Vaccination North-Western Provinces and Oudh 1896-1901 - 1896-1901
Year: 1896
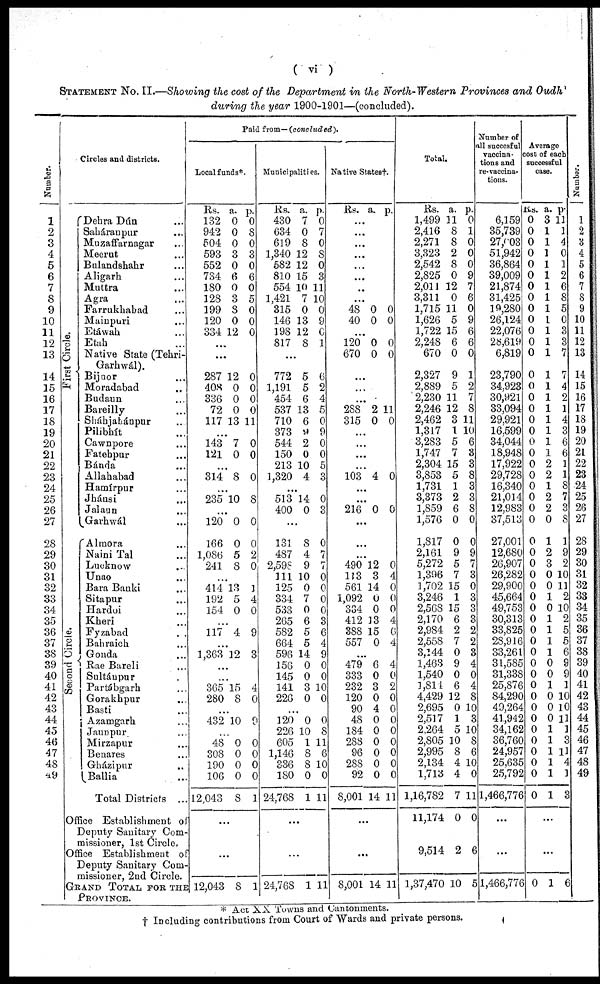
( vi )
STATEMENT No. II.—Showing the cost of the Department in the North-Western Provinces and Oudh
during the year 1900-1901—(concluded).
Number.
1
2
3
4
5
6
7
8
9
10
11
12
13
14
15
16
17
18
19
20
21
22
23
24
25
26
27
28
29
30
31
32
33
34
35
36
37
38
39
40
41
42
43
44
45
46
47
48
49
Circles and districts.
First Circle.
Second Circle.
Dehra Dún ...
Saháranpur ...
Muzaffarnagar ...
Meerut ...
Bulandshahr ...
Aligarh ...
Muttra ...
Agra ...
Farrukhabad ...
Mainpuri ...
Etáwah ...
Etah ...
Native State (Tehri-
Garhwál).
Bijnor ...
Moradabad ...
Budaun ...
Bareilly ...
Sháhjahánpur ...
Pilibhít ...
Cawnpore ...
Fatehpur ...
Bánda ...
Allahabad ...
Hamírpur ...
Jhánsi ...
Jalaun ...
Garhwál ...
Almora ...
Naini Tal ...
Lucknow ...
Unao ...
Bara Banki ...
Sitapur ...
Hardoi ...
Kheri ...
Fyzabad
...
Bahraich ...
Gonda ...
Rae Bareli ...
Sultánpur ...
Partábgarh ...
Gorakhpur ...
Basti ...
Azamgarh ...
Jaunpur ...
Mirzapur ...
Benares ...
Gházipur ...
Ballia ...
Total Districts ...
Office Establishment of
Deputy Sanitary Com-
missioner, 1st Circle,
Office Establishment of
Deputy Sanitary Com-
missioner, 2nd Circle.
GRAND TOTAL FOR THE
PROVINCE.
Paid from— (concluded).
Local funds*.
Rs.
132
942
504
593
552
734
180
128
199
120
334
a.
0
0
0
3
0
6
0
3
8
0
12
p.
0
8
0
3
0
6
0
5
0
0
0
...
...
287
408
336
72
117
12
0
0
0
13
0
0
0
0
11
...
143
121
7
0
0
0
...
314 8 0
...
235 10 8
120
166
1,086
241
0
0
5
8
0
0
2
0
...
414
192
154
13
5
0
1
4
0
...
117 4 9
...
1,363 12 3
...
...
365
280
15
8
4
0
...
432 10 9
...
48
308
190
106
12,043
0
0
0
0
8
0
0
0
0
1
...
...
12,043 8 1
Municipalities.
Rs.
430
634
619
1,340
582
810
554
1,421
315
146
198
817
a.
7
0
8
12
12
15
10
7
0
13
12
8
p.
0
7
0
8
0
3
11
10
0
9
0
1
...
772
1,191
454
537
710
373
544
150
213
1,320
5
5
6
13
6
9
2
0
10
4
6
2
4
5
0
9
0
0
5
3
...
513
400
14
0
0
3
...
131
487
2,598
111 125
334
533
265
582
664
596
156
145
141
226
8
4
9
10
0
7
0
6
5
5
14
0
0
3
0
0
7
7
0
0
0
0
3
6
4
9
0
0
10
0
...
120
226
605
1,146
336
180
24,768
0
10
1
8
8
0
1
0
8
11
6
10
0
11
...
...
24,768 1 11
Native States†.
Rs. a. p.
...
...
...
...
...
...
...
...
48
40
0
0
0
0
...
120
670
0
0
0
0
...
...
...
288
315
2
0
11
0
...
...
...
...
103 4 0
...
...
216 0 0
...
...
...
490
183
561
1,092
334
412
388
557
12
3
14
0
0
13
15
0
0
4
0
0
0
4
6
4
...
479
333
232
120
90
48
184
288
96
288
92
8,001
6
0
3
0
4
0
0
0
0
0
0
14
4
0
2
0
0
0
0
0
0
0
0
11
...
...
8,001 14 11
Total.
Rs.
1,499
2,416
2,271
3,323
2,542
2,825
2,011
3,311
1,715
1,626
1,722
2,248
670
2,327
2,889
2,230
2,246
2,462
1,317
3,283
1,747
2,304
3,853
1,731
3,373
1,859
1,576
1,817
2,161
5,272
1,396
1,702
3,246
2,568
2,170
2,984
2,558
3,144
1,463
1,540
1,814
4,429
2,695
2,517
2,264
2,805
2,995
2,134
1,713
1,16,782
11,174
9,514
1,37,470
a.
11
8
8
2
8
0
12
0
11
5
15
6
0
9
5
11
12
3
1
5
7
15
5
1
2
6
0
0
9
5
7
15
1
15
6
2
7
0
9
0
6
12
0
1
5
10
8
4
4
7
0
2
10
p.
0
1
0
0
0
9
7
6
0
9
6
6
0
1
2
7
8
11
10
6
3
3
8
3
3
8
0
0
9
7
3
0
3
3
3
2
2
3
4
0
4
8
10
3
10
8
6
10
0
11
0
6
5
Number of
all succesful
vaccina-
tions and
re-vaccina-
tions.
6,159
35,739
27,003
51,942
36,864
39,009
21,874
31,425
19,280
26,124
22,076
28,619
6,819
23,790
34,923
30,921
33,094
29,921
16,599
34,044
18,948
17,922
29,728
16,340
21,014
12,983
37,513
27,001
12,680
26,907
26,282
29,900
45,664
49,753
30,313
33,825
28,916
33,261
31,585
31,338
25,876
84,290
49,264
41,942
34,162
36,760
24,957
25,635
25,792
1,466,776
...
...
1,466,776
Average
cost of each
successful
case.
Rs.
0
0
0
0
0
0
0
0
0
0
0
0
0
0
0
0
0
0
0
0
0
0
0
0
0
0
0
0
0
0
0
0
0
0
0
0
0
0
0
0
0
0
0
0
0
0
0
0
0
0
a.
3
1
1
1
1
1
1
1
1
1
1
1
1
1
1
1
1
1
1
1
1
2
2
1
2
2
0
1
2
3
0
0
1
0
1
1
1
1
0
0
1
0
0
0
1
1
1
1
1
1
p.
11
1
4
0
1
2
6
8
5
0
3
3
7
7
4
2
1
4
3
6
6
1
1
8
7
3
8
1
9
2
10
11
2
10
2
5
5
6
9
9
1
10
10
11
1
3
11
4
1
3
...
...
0 1 6
Number.
1
2
3
4
5
6
7
8
9
10
11
12
13
14
15
16
17
18
19
20
21
22
23
24
25
26
27
28
29
30
31
32
33
34
35
36
37
38
39
40
41
42
43
44
45
46
47
48
49
* Act XX Towns and Cantonments.
† Including contributions from Court of Wards and private persons.